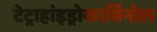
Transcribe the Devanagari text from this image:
टेट्राहांइड्रोकार्बिनोल